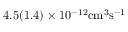
4 . 5 ( 1 . 4 ) \times 1 0 ^ { - 1 2 } \mathrm { { c m } ^ { 3 } \mathrm { { s } ^ { - 1 } } }